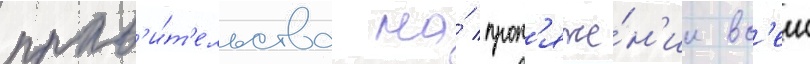
прав'и́т'ельства на́ прот'яже́н'ии вс'еи